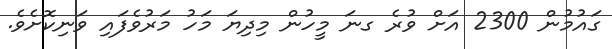
ގައުމުން 2300 އަށް ވުރެ ގނަ މީހުން މިދިޔަ މަހު މަރުވެފައި ވަނިކޮށެެވެ.